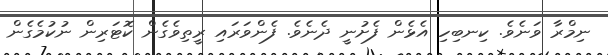
ނިމްރާ ވަނެވެ. ކިނބިހި އެޅެން ފެށުނީ ދެނެވެ. ފެންވަރައި ރީތިވެގެން ކޮޓަރިން ނުކުމެގެން